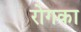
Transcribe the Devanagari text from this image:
रोगका